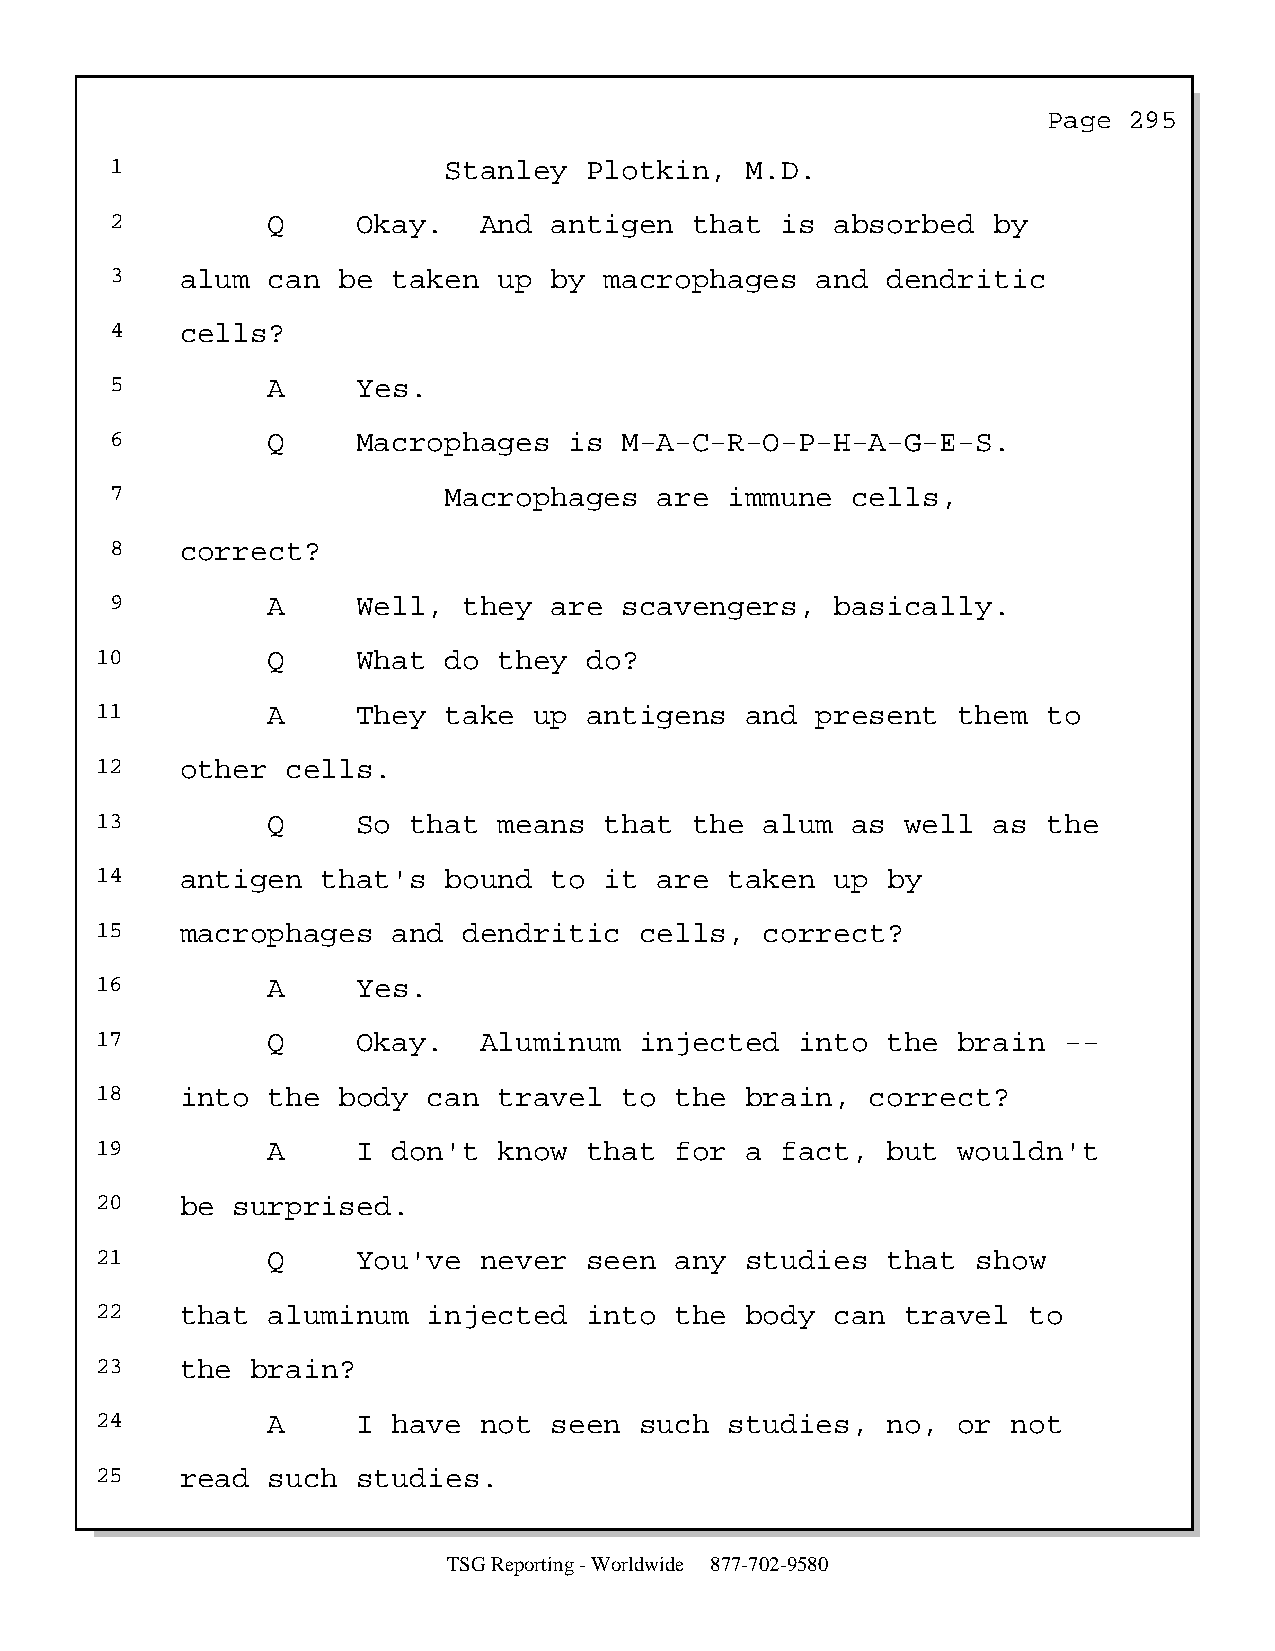
Page  295
 1                     Stanley   Plotkin,  M.D.
 2          Q     Okay.   And antigen   that  is absorbed   by
 3    alum  can be  taken  up by  macrophages   and  dendritic
 4    cells?
 5          A     Yes.
 6          Q     Macrophages   is M-A-C-R-O-P-H-A-G-E-S.
 7                     Macrophages    are immune  cells,
 8    correct?
 9          A     Well,  they are  scavengers,   basically.
 10          Q     What do  they  do?
 11          A     They take  up  antigens  and  present  them  to
 12    other  cells.
 13          Q     So that  means  that  the  alum as  well  as the
 14    antigen  that's  bound  to  it  are taken  up  by
 15    macrophages   and  dendritic  cells,   correct?
 16          A     Yes.
 17          Q     Okay.   Aluminum  injected   into  the brain  --
 18    into  the body  can  travel  to  the brain,   correct?
 19          A     I don't  know  that  for a  fact,  but wouldn't
 20    be surprised.
 21          Q     You've  never  seen  any studies   that  show
 22    that  aluminum  injected   into  the body  can  travel  to
 23    the  brain?
 24          A     I have  not seen  such  studies,   no, or  not
 25    read  such  studies.
 TSG Reporting - Worldwide 877-702-9580